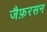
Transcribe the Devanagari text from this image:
जैफ़रसन